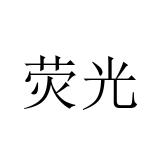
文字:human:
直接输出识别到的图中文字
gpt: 荧光